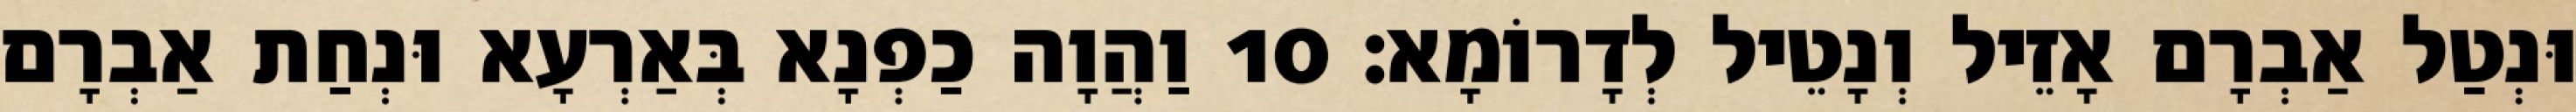
וּנְטַל אַבְרָם אָזֵיל וְנָטֵיל לְדָרוֹמָא׃ 10 וַהֲוָה כַפְנָא בְּאַרְעָא וּנְחַת אַבְרָם